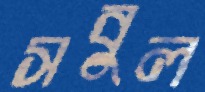
সবুল